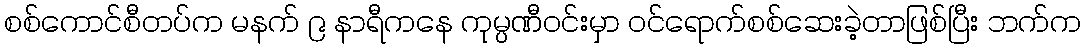
စစ်ကောင်စီတပ်က မနက် ၉ နာရီကနေ ကုမ္ပဏီဝင်းမှာ ဝင်ရောက်စစ်ဆေးခဲ့တာဖြစ်ပြီး ဘက်က